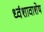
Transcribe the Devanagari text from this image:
ध्वंशावाशेष